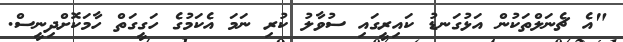
"އެ ޗެނަލްތަކުން އަޅުގަނޑު ކައިރީގައި ސުވާލު ކުރި ނަމަ އެކަމުގެ ހަގީގަތް ހާމަކޮށްދިނީސް.